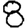
Digit: 8